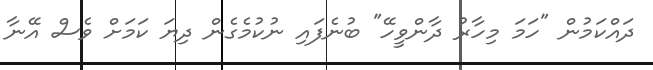
ދައްކަމުން "ހަމަ މިހާރު ދާންވީހޭ" ބުނެފައި ނުކުމެގެން ދިޔަ ކަމަށް ވެސް އޭނާ